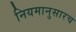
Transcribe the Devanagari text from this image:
नियमानुसारच